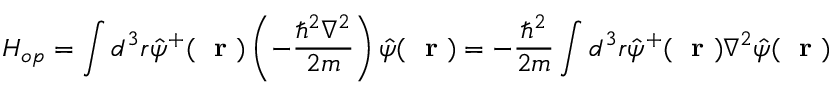
H _ { o p } = \int d ^ { 3 } r \hat { \psi } ^ { + } ( \mathrm { ~ \bf ~ r ~ } ) \left( - \frac { \hbar ^ { 2 } \nabla ^ { 2 } } { 2 m } \right) \hat { \psi } ( \mathrm { ~ \bf ~ r ~ } ) = - \frac { \hbar ^ { 2 } } { 2 m } \int d ^ { 3 } r \hat { \psi } ^ { + } ( \mathrm { ~ \bf ~ r ~ } ) \nabla ^ { 2 } \hat { \psi } ( \mathrm { ~ \bf ~ r ~ } )